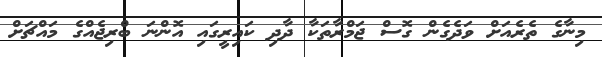
މިނާގެ ތެރެއަށް ވަދެގެން ގޮސް ޖަމްރާތަކާ ދާދި ކައިރީގައި އޮންނަ ބްރިޖެއްގެ މައްޗަށް